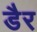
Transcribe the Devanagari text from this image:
डैर